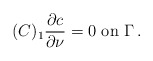
\begin{align*}(C)_{1} \displaystyle{\frac{\partial c}{\partial \nu}=0 \mbox{ on } \Gamma \,. } \end{align*}